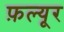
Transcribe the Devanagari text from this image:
फ़ल्यूर